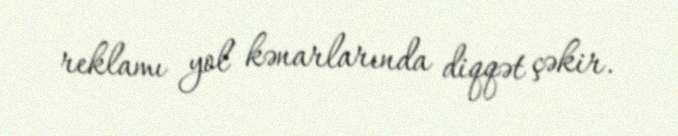
reklamı yol kənarlarında diqqət çəkir.